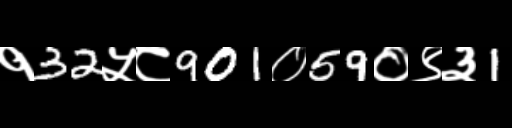
Text: १32५८901०59०९३1